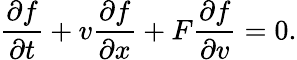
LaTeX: \frac{\partial f}{\partial t}+v\frac{\partial f}{\partial x}+F\frac{\partial f}{\partial v}=0.